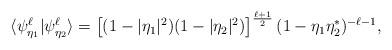
LaTeX: \begin{align*} \langle \psi_{\eta_1}^\ell|\psi_{\eta_2}^\ell\rangle=\left[(1-|\eta_1|^2)(1-|\eta_2|^2)\right]^{\frac{\ell+1}{2}}(1-\eta_1\eta_2^*)^{-\ell-1},\end{align*}